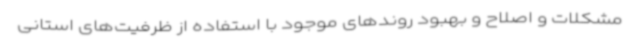
مشکلات و اصلاح و بهبود روندهای موجود با استفاده از ظرفیت‌های استانی